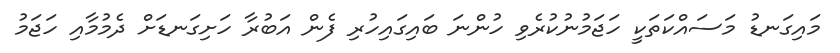
މައިގަނޑު މަސައްކަތަކީ ހަޖަމުނުކުރެވި ހުންނަ ބައިގައިހުރި ފެން އަބުރާ ހަށިގަނޑަށް ދެމުމާއި ހަޖަމު